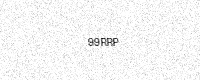
Text: 99RRP